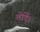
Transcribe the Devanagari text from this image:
तोड़ें।